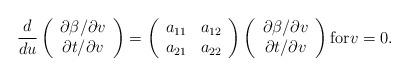
LaTeX: \begin{align*} \frac{d}{du}\left(\begin{array}{c} \partial\beta/\partial v\\ \partial t/\partial v \end{array}\right)=\left(\begin{array}{cc} a_{11} & a_{12}\\ a_{21} & a_{22}\end{array}\right)\left(\begin{array}{c} \partial\beta/\partial v\\ \partial t/\partial v\end{array}\right)\textrm{for} v=0.\end{align*}